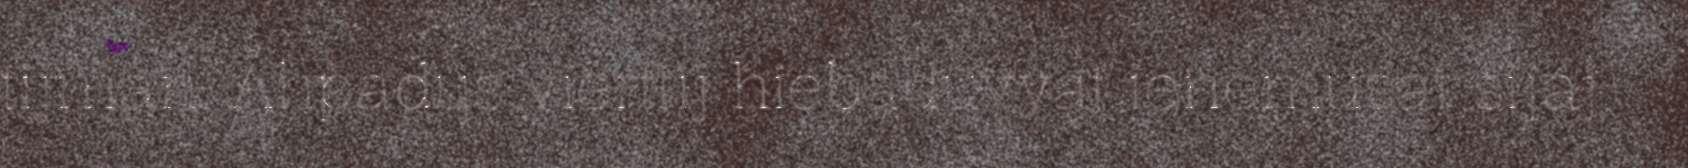
tijman. Åhpadus vierttij hiebaduvvat ienemusát sijáj